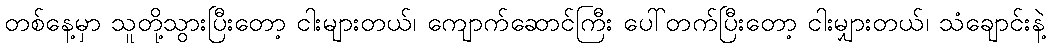
တစ်နေ့မှာ သူတို့သွားပြီးတော့ ငါးများတယ်၊ ကျောက်ဆောင်ကြီး ပေါ်တက်ပြီးတော့ ငါးမျှားတယ်၊ သံချောင်းနဲ့